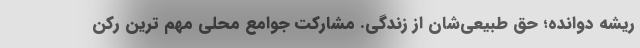
ریشه دوانده؛ حق طبیعی‌شان از زندگی. مشارکت جوامع محلی مهم ترین رکن